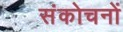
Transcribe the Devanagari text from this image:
संकोचनों